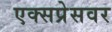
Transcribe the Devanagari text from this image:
एक्सप्रेसवर